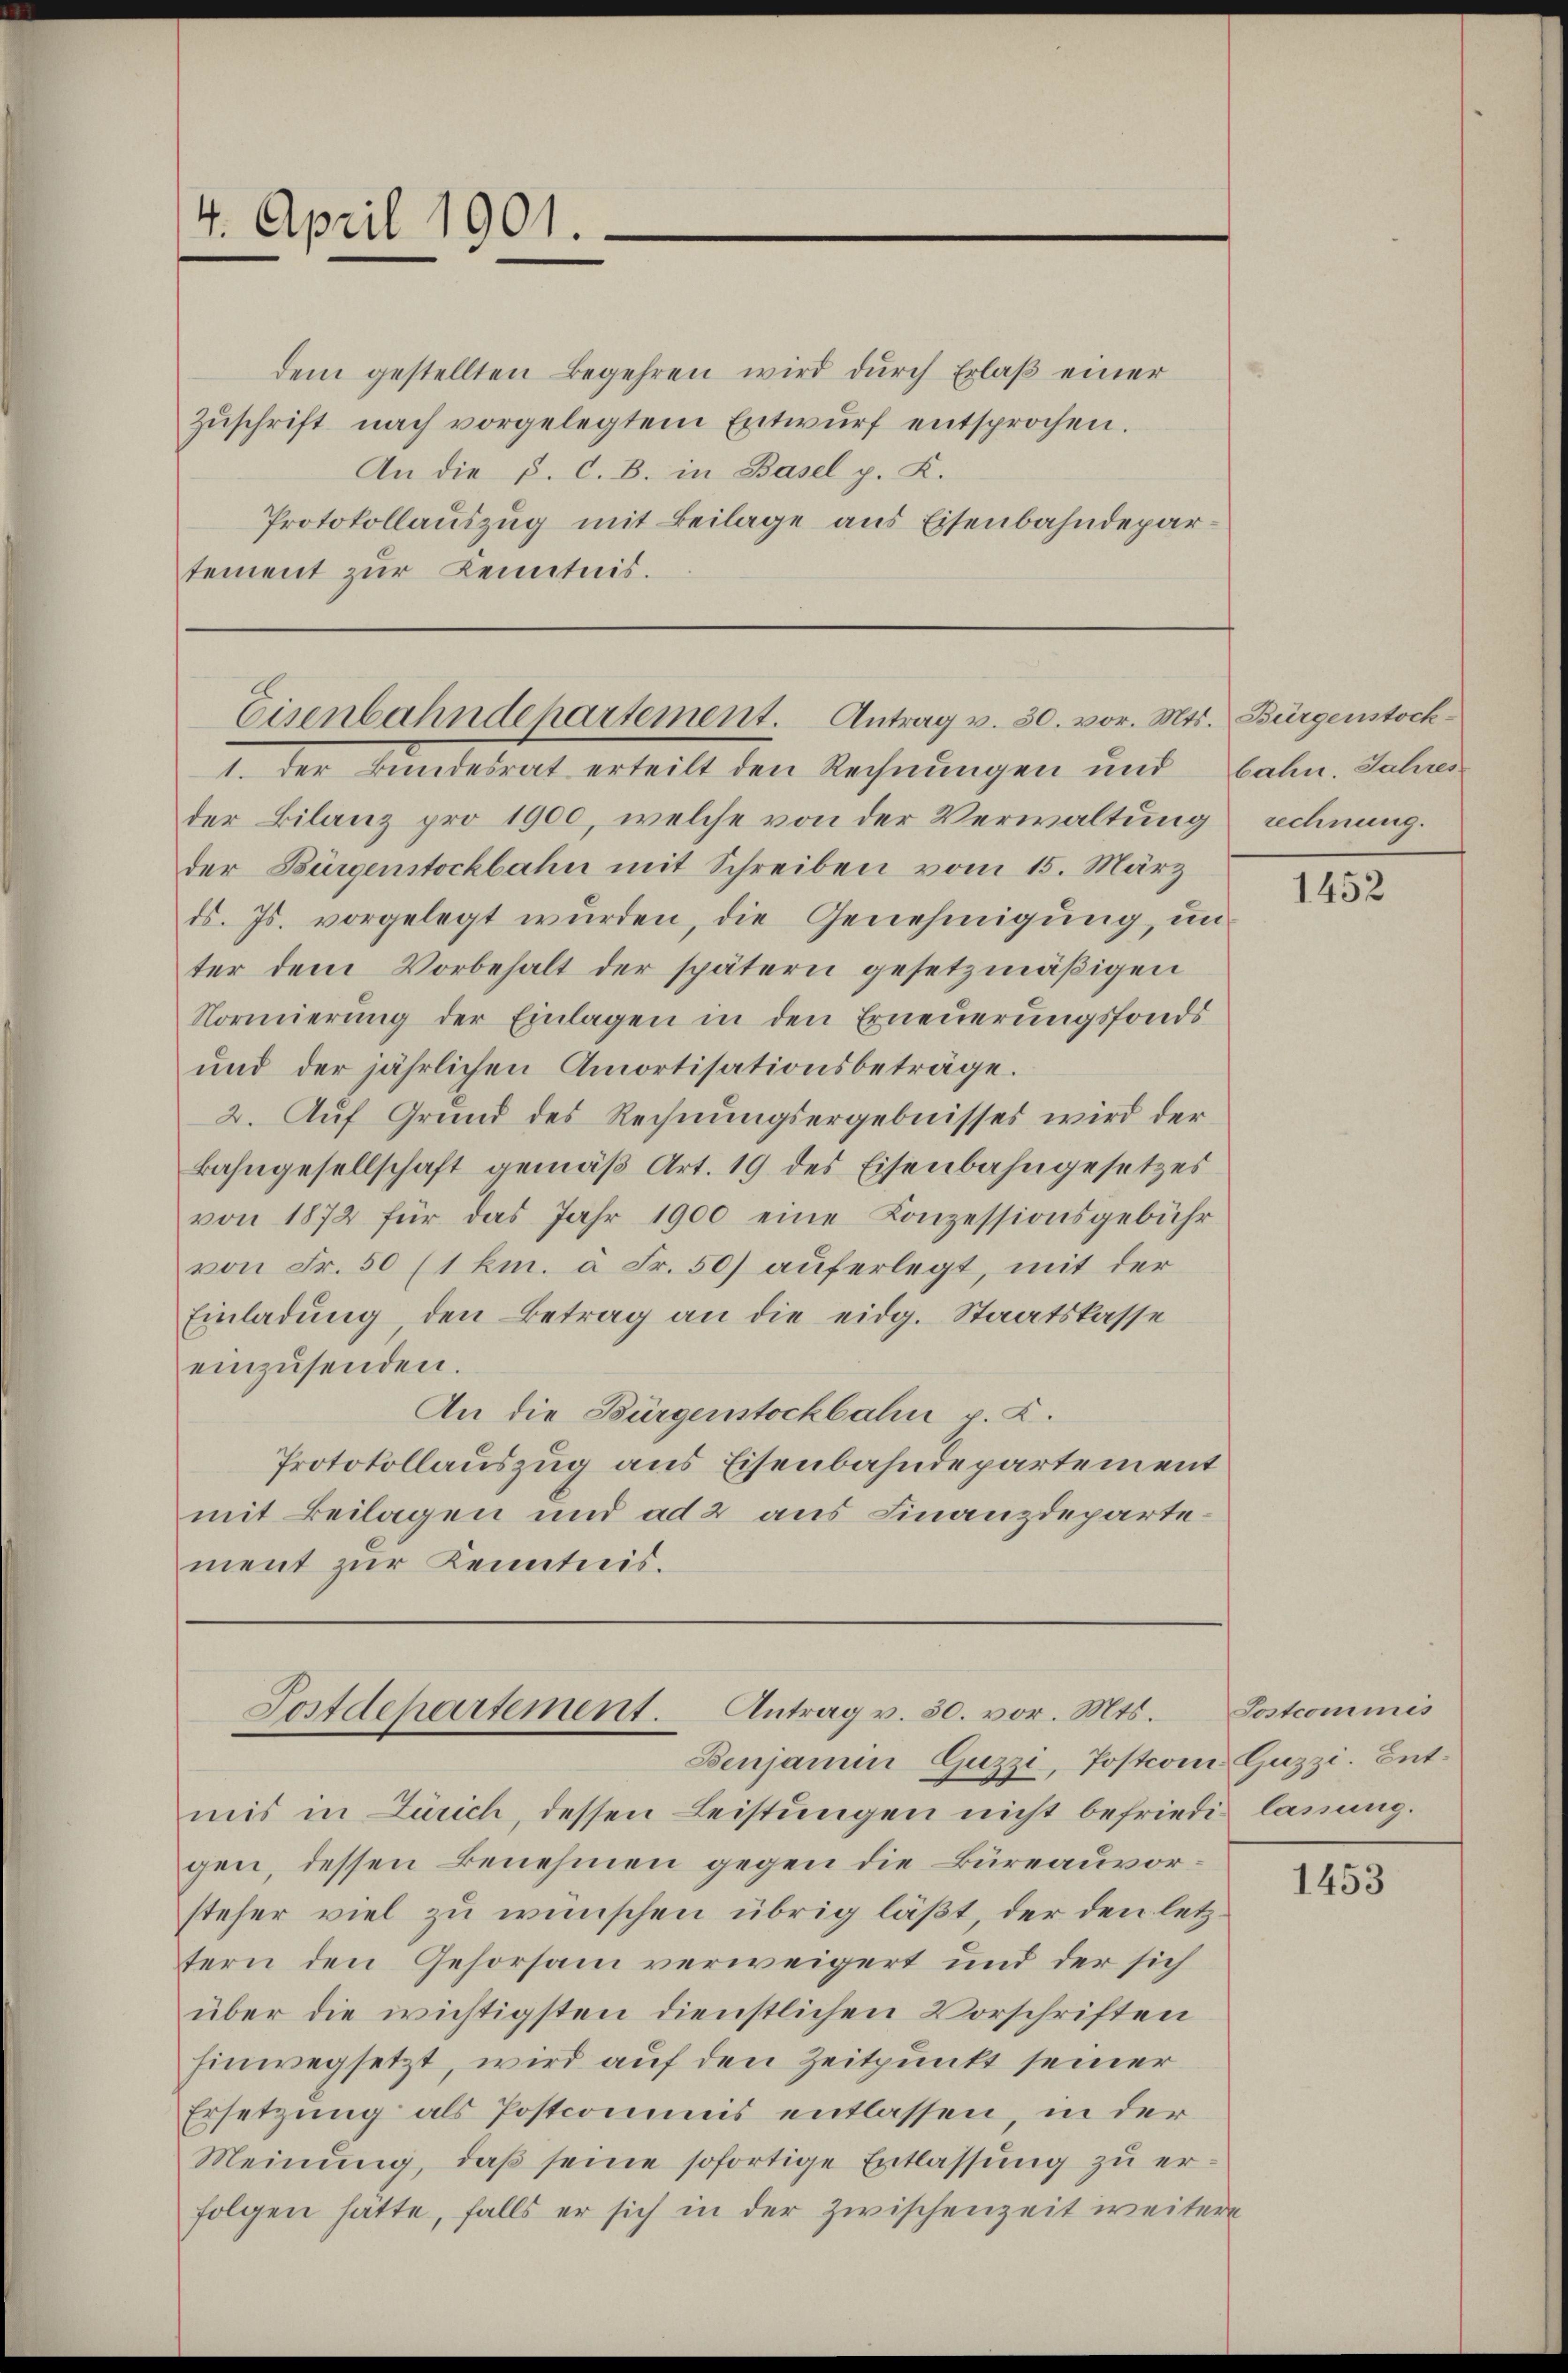
4. April 1901.

dem gestellten Begehren wird durch Erlaß einer
Zŭschrift nach vorgelegtem Entwŭrf entsprochen.
An die P. C. B. in Basel p. K.
Protokollauszug mit Beilage aus Eisenbahndepartement zur Kenntnis.

Eisenbahndepartement. Antrag v. 30. vor. Mts. Bürgenstock

1. der Bundesrat erteilt den Rechnungen und bahn. Jahres
der Bilanz pro 1900, welche von der Verwaltung rechnung.
der Bürgenstockbahn mit Schreiben vom 15. März
ds. Js. vorgelegt wurden, die Genehmigung, un
ter dem Vorbehalt der spätern gesetzmäßigen
Normierung der Einlagen in den Erneuerungsfonds
und der jährlichen Amortisationsbeträge.
2. Auf Grund des Rechnungsergebnisses wird der
Bahngesellschaft gemäß Art. 19 des Eisenbahngesetzes
von 1872 für das Jahr 1900 eine Konzessionsgebühr
von Fr. 50 (1 km. à Fr. 50) auferlegt, mit der
Einladung, den Betrag an die eidg. Staatskasse
einzusenden.
An die Bürgenstockbahn v. Z.
Protokollauszug aus Eisenbahndepartement
mit Beilagen und ad 2 aus Finanzdepartement zŭr Kenntnis.

Postdepartement. Antrag v. 30. vor. Mts.
Benjamin Guzzi, Postcomi Guzzi. Ent¬

mis in Zürich, dessen Leistungen nicht befriedes lanung.
gen, dessen Benehmen gegen die Büreauvorsteher viel zu wünschen übrig läßt, der den letztern den Gehorsam verweigert und der sich
über die wichtigsten dienstlichen Vorschriften
hinwegsetzt, wird auf den Zeitpunkt seiner
Ersetzung als Postcommis entlassen, in der
Meinung, daß seine sofortige Entlassung zu erfolgen hätte, falls er sich in der zwischenzeit weitere

1452

Sostcommis

1453